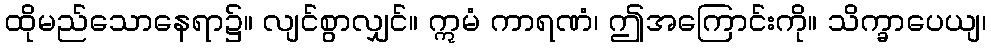
ထိုမည်သောနေရာ၌။ လျင်စွာလျှင်။ ဣမံ ကာရဏံ၊ ဤအကြောင်းကို။ သိက္ခာပေယျ၊